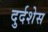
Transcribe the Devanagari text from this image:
दुर्दशेस